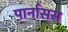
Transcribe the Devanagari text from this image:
पार्नासस